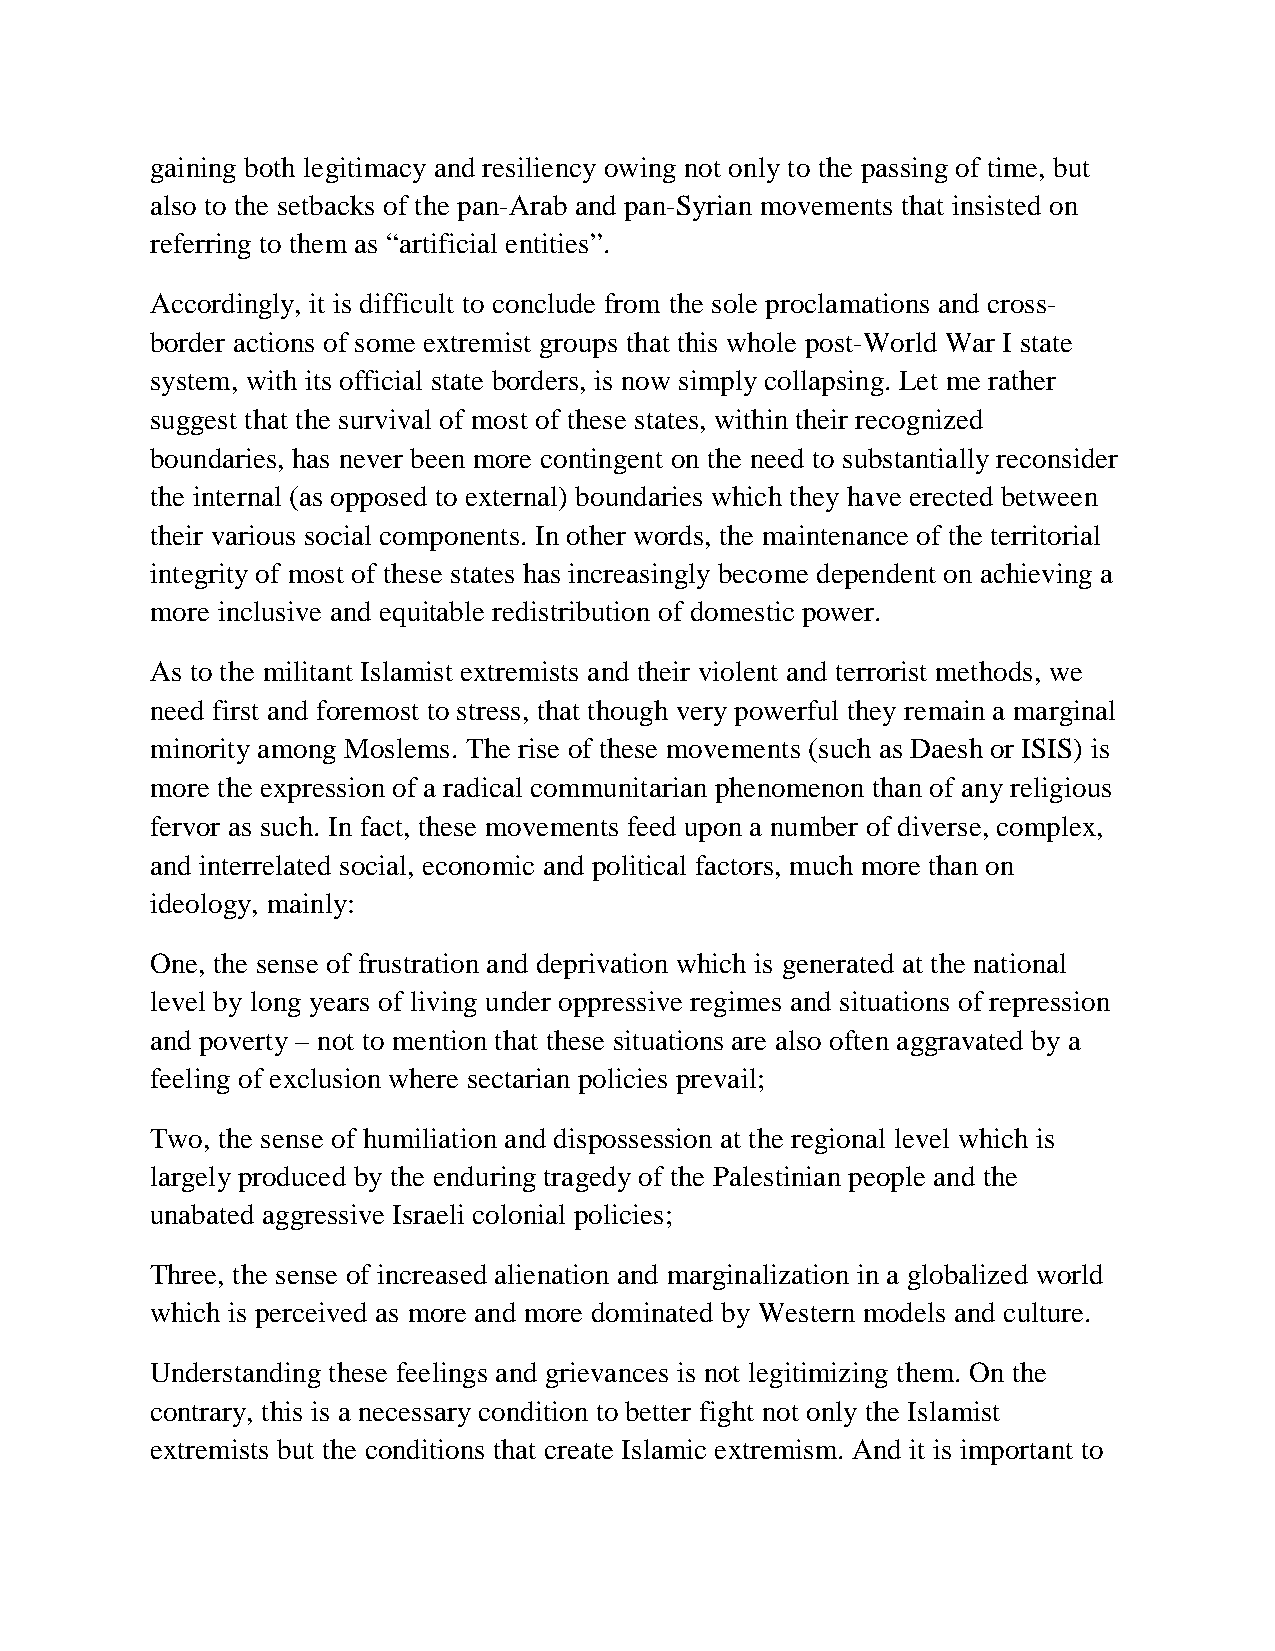
gaining both legitimacy and resiliency owing not only to the passing of time, but
 also to the setbacks of the pan-Arab and pan-Syrian movements that insisted on
 referring to them as “artificial entities”.
 Accordingly, it is difficult to conclude from the sole proclamations and cross-
 border actions of some extremist groups that this whole post-World War I state
 system, with its official state borders, is now simply collapsing. Let me rather
 suggest that the survival of most of these states, within their recognized
 boundaries, has never been more contingent on the need to substantially reconsider
 the internal (as opposed to external) boundaries which they have erected between
 their various social components. In other words, the maintenance of the territorial
 integrity of most of these states has increasingly become dependent on achieving a
 more inclusive and equitable redistribution of domestic power.
 As to the militant Islamist extremists and their violent and terrorist methods, we
 need first and foremost to stress, that though very powerful they remain a marginal
 minority among Moslems. The rise of these movements (such as Daesh or ISIS) is
 more the expression of a radical communitarian phenomenon than of any religious
 fervor as such. In fact, these movements feed upon a number of diverse, complex,
 and interrelated social, economic and political factors, much more than on
 ideology, mainly:
 One, the sense of frustration and deprivation which is generated at the national
 level by long years of living under oppressive regimes and situations of repression
 and poverty – not to mention that these situations are also often aggravated by a
 feeling of exclusion where sectarian policies prevail;
 Two, the sense of humiliation and dispossession at the regional level which is
 largely produced by the enduring tragedy of the Palestinian people and the
 unabated aggressive Israeli colonial policies;
 Three, the sense of increased alienation and marginalization in a globalized world
 which is perceived as more and more dominated by Western models and culture.
 Understanding these feelings and grievances is not legitimizing them. On the
 contrary, this is a necessary condition to better fight not only the Islamist
 extremists but the conditions that create Islamic extremism. And it is important to